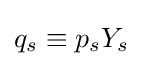
q_{s}\equiv p_{s}Y_{s}